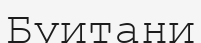
Буитани